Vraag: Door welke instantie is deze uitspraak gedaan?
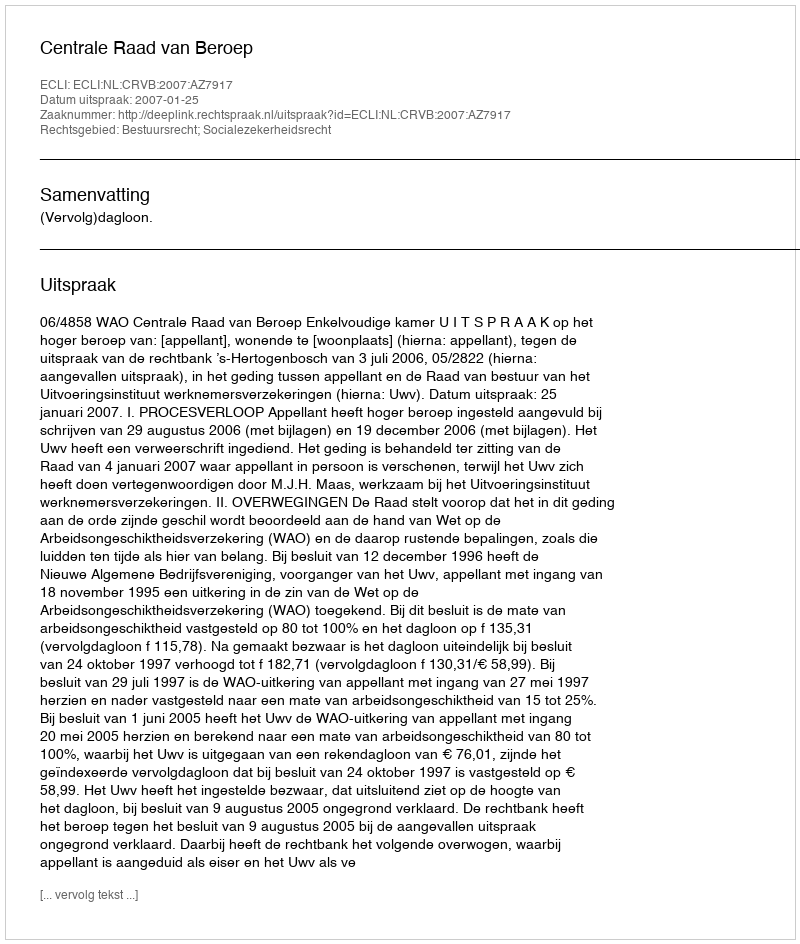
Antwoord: Centrale Raad van Beroep